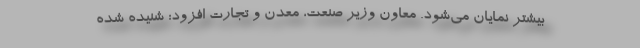
بیشتر نمایان می‌شود. معاون وزیر صنعت، معدن و تجارت افزود: شنیده شده